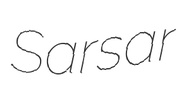
Sarsar